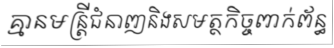
គ្មានមន្ត្រីជំនាញនិងសមត្ថកិច្ចពាក់ព័ន្ធ